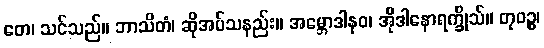
တေ၊ သင်သည်။ ဘာသိတံ၊ ဆိုအပ်သနည်း။ အမ္ဘောဒါနဝ၊ အိုဒါနောရက္ခိုသ်။ တုဝဉ္စ၊